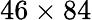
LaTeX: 46\times 84